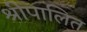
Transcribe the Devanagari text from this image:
श्रीपालित